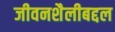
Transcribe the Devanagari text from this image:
जीवनशैलीबद्दल